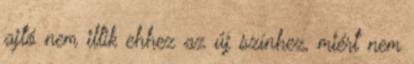
ajtó nem illik ehhez az új színhez, miért nem